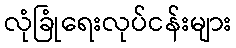
လုံခြုံရေးလုပ်ငန်းများ